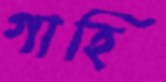
গাহি